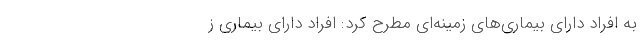
به افراد دارای بیماری‌های زمینه‌ای مطرح کرد: افراد دارای بیماری ز